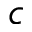
c